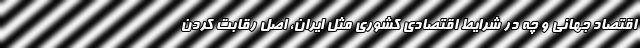
اقتصاد جهانی و چه در شرایط اقتصادی کشوری مثل ایران، اصل رقابت کردن